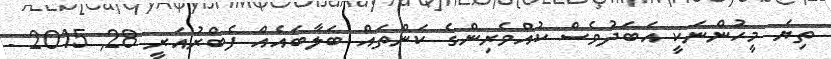
ތިޔަ މީހުންނަކީ އަބަދުވެސް ކުއްވެރިންގެ ކަންތައް ބަލާބައެއް ފެބްރުއަރީ 28